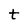
Character: t